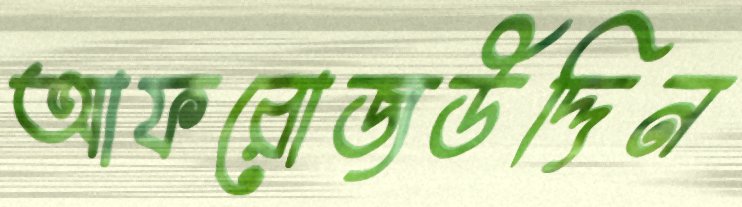
আফরোজউদ্দিন